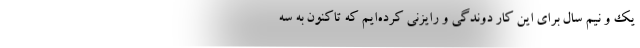
یک و نیم سال برای این کار دوندگی و رایزنی کرده‌ایم که تاکنون به سه